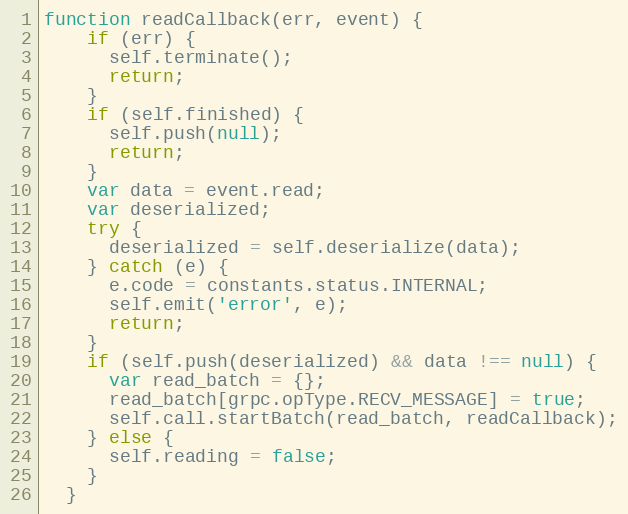
Language: JavaScript
function readCallback(err, event) {
    if (err) {
      self.terminate();
      return;
    }
    if (self.finished) {
      self.push(null);
      return;
    }
    var data = event.read;
    var deserialized;
    try {
      deserialized = self.deserialize(data);
    } catch (e) {
      e.code = constants.status.INTERNAL;
      self.emit('error', e);
      return;
    }
    if (self.push(deserialized) && data !== null) {
      var read_batch = {};
      read_batch[grpc.opType.RECV_MESSAGE] = true;
      self.call.startBatch(read_batch, readCallback);
    } else {
      self.reading = false;
    }
  }